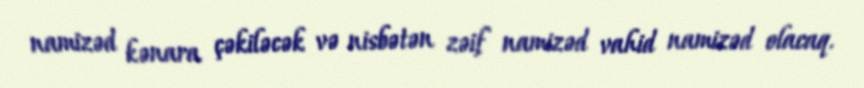
namizəd kənara çəkiləcək və nisbətən zəif namizəd vahid namizəd olacaq.